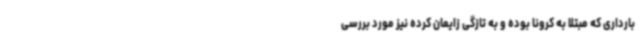
بارداری که مبتلا به کرونا بوده و به تازگی زایمان کرده نیز مورد بررسی